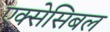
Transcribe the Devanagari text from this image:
एक्सेसिबल